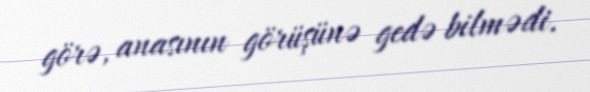
görə, anasının görüşünə gedə bilmədi.